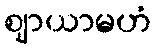
ဈာယာမဟံ